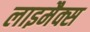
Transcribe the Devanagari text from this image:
लाइमैक्स